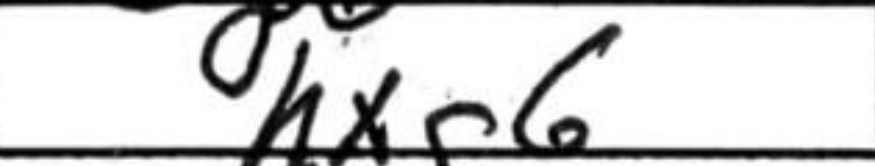
Transcription: hxg6